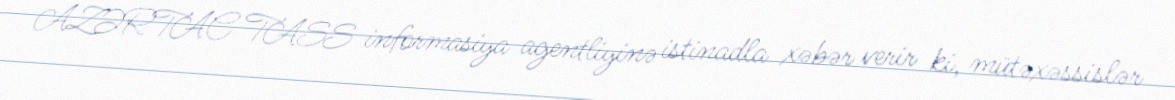
AZƏRTAC TASS informasiya agentliyinə istinadla xəbər verir ki, mütəxəssislər